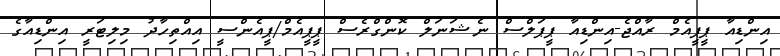
އިންޑިއާ ޕީޕީއެމް ރާއްޖެ-އިންޑިއާ ޕީޕަލްސް ނެޝަނަލް ކޮންގްރެސް ޕީޕީއެމް/ޕީއެންސީ އިއްތިހާދު މިލިޓަރީ އިންޑިއާގެ